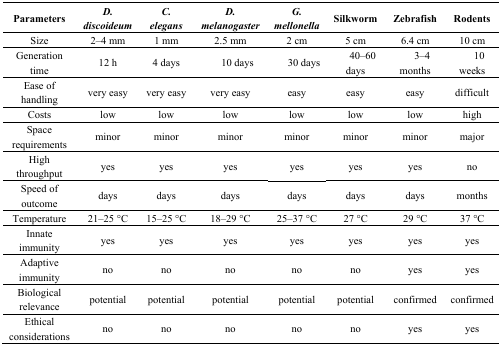
| Parameters | D. discoideum | C. elegans | D. melanogaster | G. mellonella | Silkworm | Zebrafish | Rodents |
 | --- | --- | --- | --- | --- | --- | --- | --- |
 | Size | 2–4 mm | 1 mm | 2.5 mm | 2 cm | 5 cm | 6.4 cm | 10 cm |
 | Generation time | 12 h | 4 days | 10 days | 30 days | 40–60 days | 3–4 months | 10 weeks |
 | Ease of handling | very easy | very easy | very easy | easy | easy | easy | difficult |
 | Costs | low | low | low | low | low | low | high |
 | Space requirements | minor | minor | minor | minor | minor | minor | major |
 | High throughput | yes | yes | yes | yes | yes | yes | no |
 | Speed of outcome | days | days | days | days | days | days | months |
 | Temperature | 21–25 °C | 15–25 °C | 18–29 °C | 25–37 °C | 27 °C | 29 °C | 37 °C |
 | Innate immunity | yes | yes | yes | yes | yes | yes | yes |
 | Adaptive immunity | no | no | no | no | no | yes | yes |
 | Biological relevance | potential | potential | potential | potential | potential | confirmed | confirmed |
 | Ethical considerations | no | no | no | no | no | yes | yes |